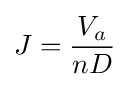
J={\frac {V_{a}}{nD}}